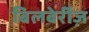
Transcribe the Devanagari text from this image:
बिलबेर्रीज़